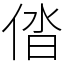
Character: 𠉤